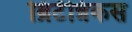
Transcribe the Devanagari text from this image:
ब्रिटॅन्निकस